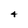
Character: 4